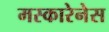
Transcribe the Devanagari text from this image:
मस्कारेनेस